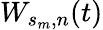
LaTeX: W_{s_{m},n}(t)